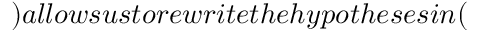
) a l l o w s u s t o r e w r i t e t h e h y p o t h e s e s i n (